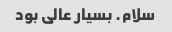
سلام. بسیار عالی بود